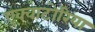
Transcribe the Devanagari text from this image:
एक्वाटोरिया